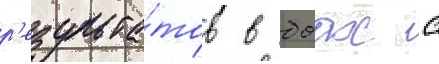
р'езульта́тов в боах с